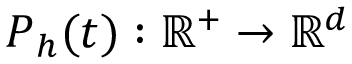
\boldsymbol { P } _ { h } ( t ) : \mathbb { R } ^ { + } \rightarrow \mathbb { R } ^ { d }